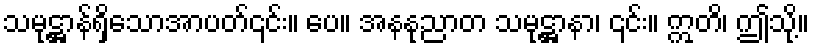
သမုဋ္ဌာန်ရှိသောအာပတ်၎င်း။ ပေ။ အနနုညာတ သမုဋ္ဌာနာ၊ ၎င်း။ ဣတိ၊ ဤသို့။